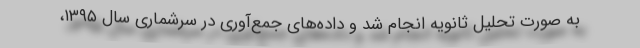
به صورت تحلیل ثانویه انجام شد و داده‌های جمع‌آوری در سرشماری سال ۱۳۹۵،